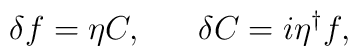
\delta f = \eta C, ~~~~~\delta C = i \eta^{\dag} f,